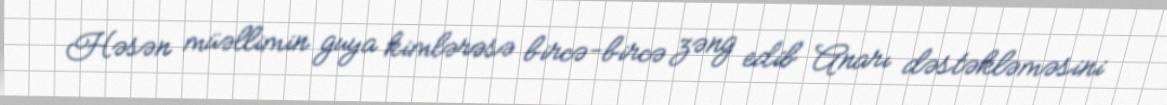
Həsən müəllimin guya kimlərəsə bircə-bircə zəng edib Anarı dəstəkləməsini